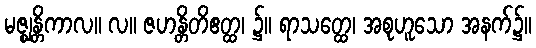
မဇ္ဈန္တိကာလ။ လ။ ဇဟန္တိတိဧတ္ထ၊ ၌။ ရာသတ္ထေ၊ အစုဟူသော အနက်၌။